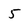
Character: 5